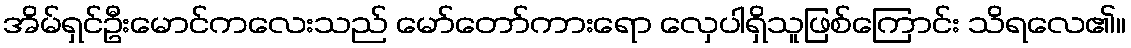
အိမ်ရှင်ဦးမောင်ကလေးသည် မော်တော်ကားရော လှေပါရှိသူဖြစ်ကြောင်း သိရလေ၏။